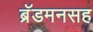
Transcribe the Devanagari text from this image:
ब्रॅडमनसह